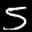
Label: 5